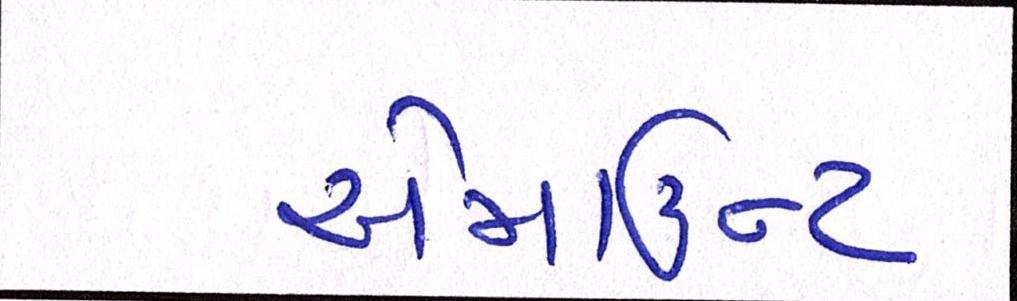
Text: એમાઉન્ટ